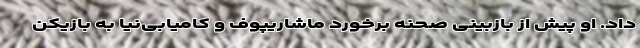
داد. او پیش از بازبینی صحنه برخورد ماشاریپوف و کامیابی‌نیا به بازیکن